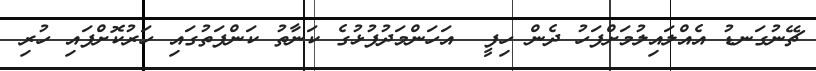
ޗޭނުގަނޑު އެއްލައިލުމަށްފަހު ދެން ހިފީ  އަހަންމަދުފުޅުގެ ކަނާތު ކަންފަތުގައި ހަރުކޮށްފައި ހުރި